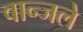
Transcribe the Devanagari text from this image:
वान्जले